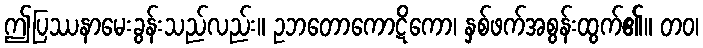
ဤပြဿနာမေးခွန်းသည်လည်း။ ဥဘတောကောဋိကော၊ နှစ်ဖက်အစွန်းထွက်၏။ တဝ၊